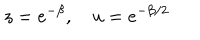
LaTeX: z = e ^ { - \beta } , \quad u = e ^ { - \beta / 2 }